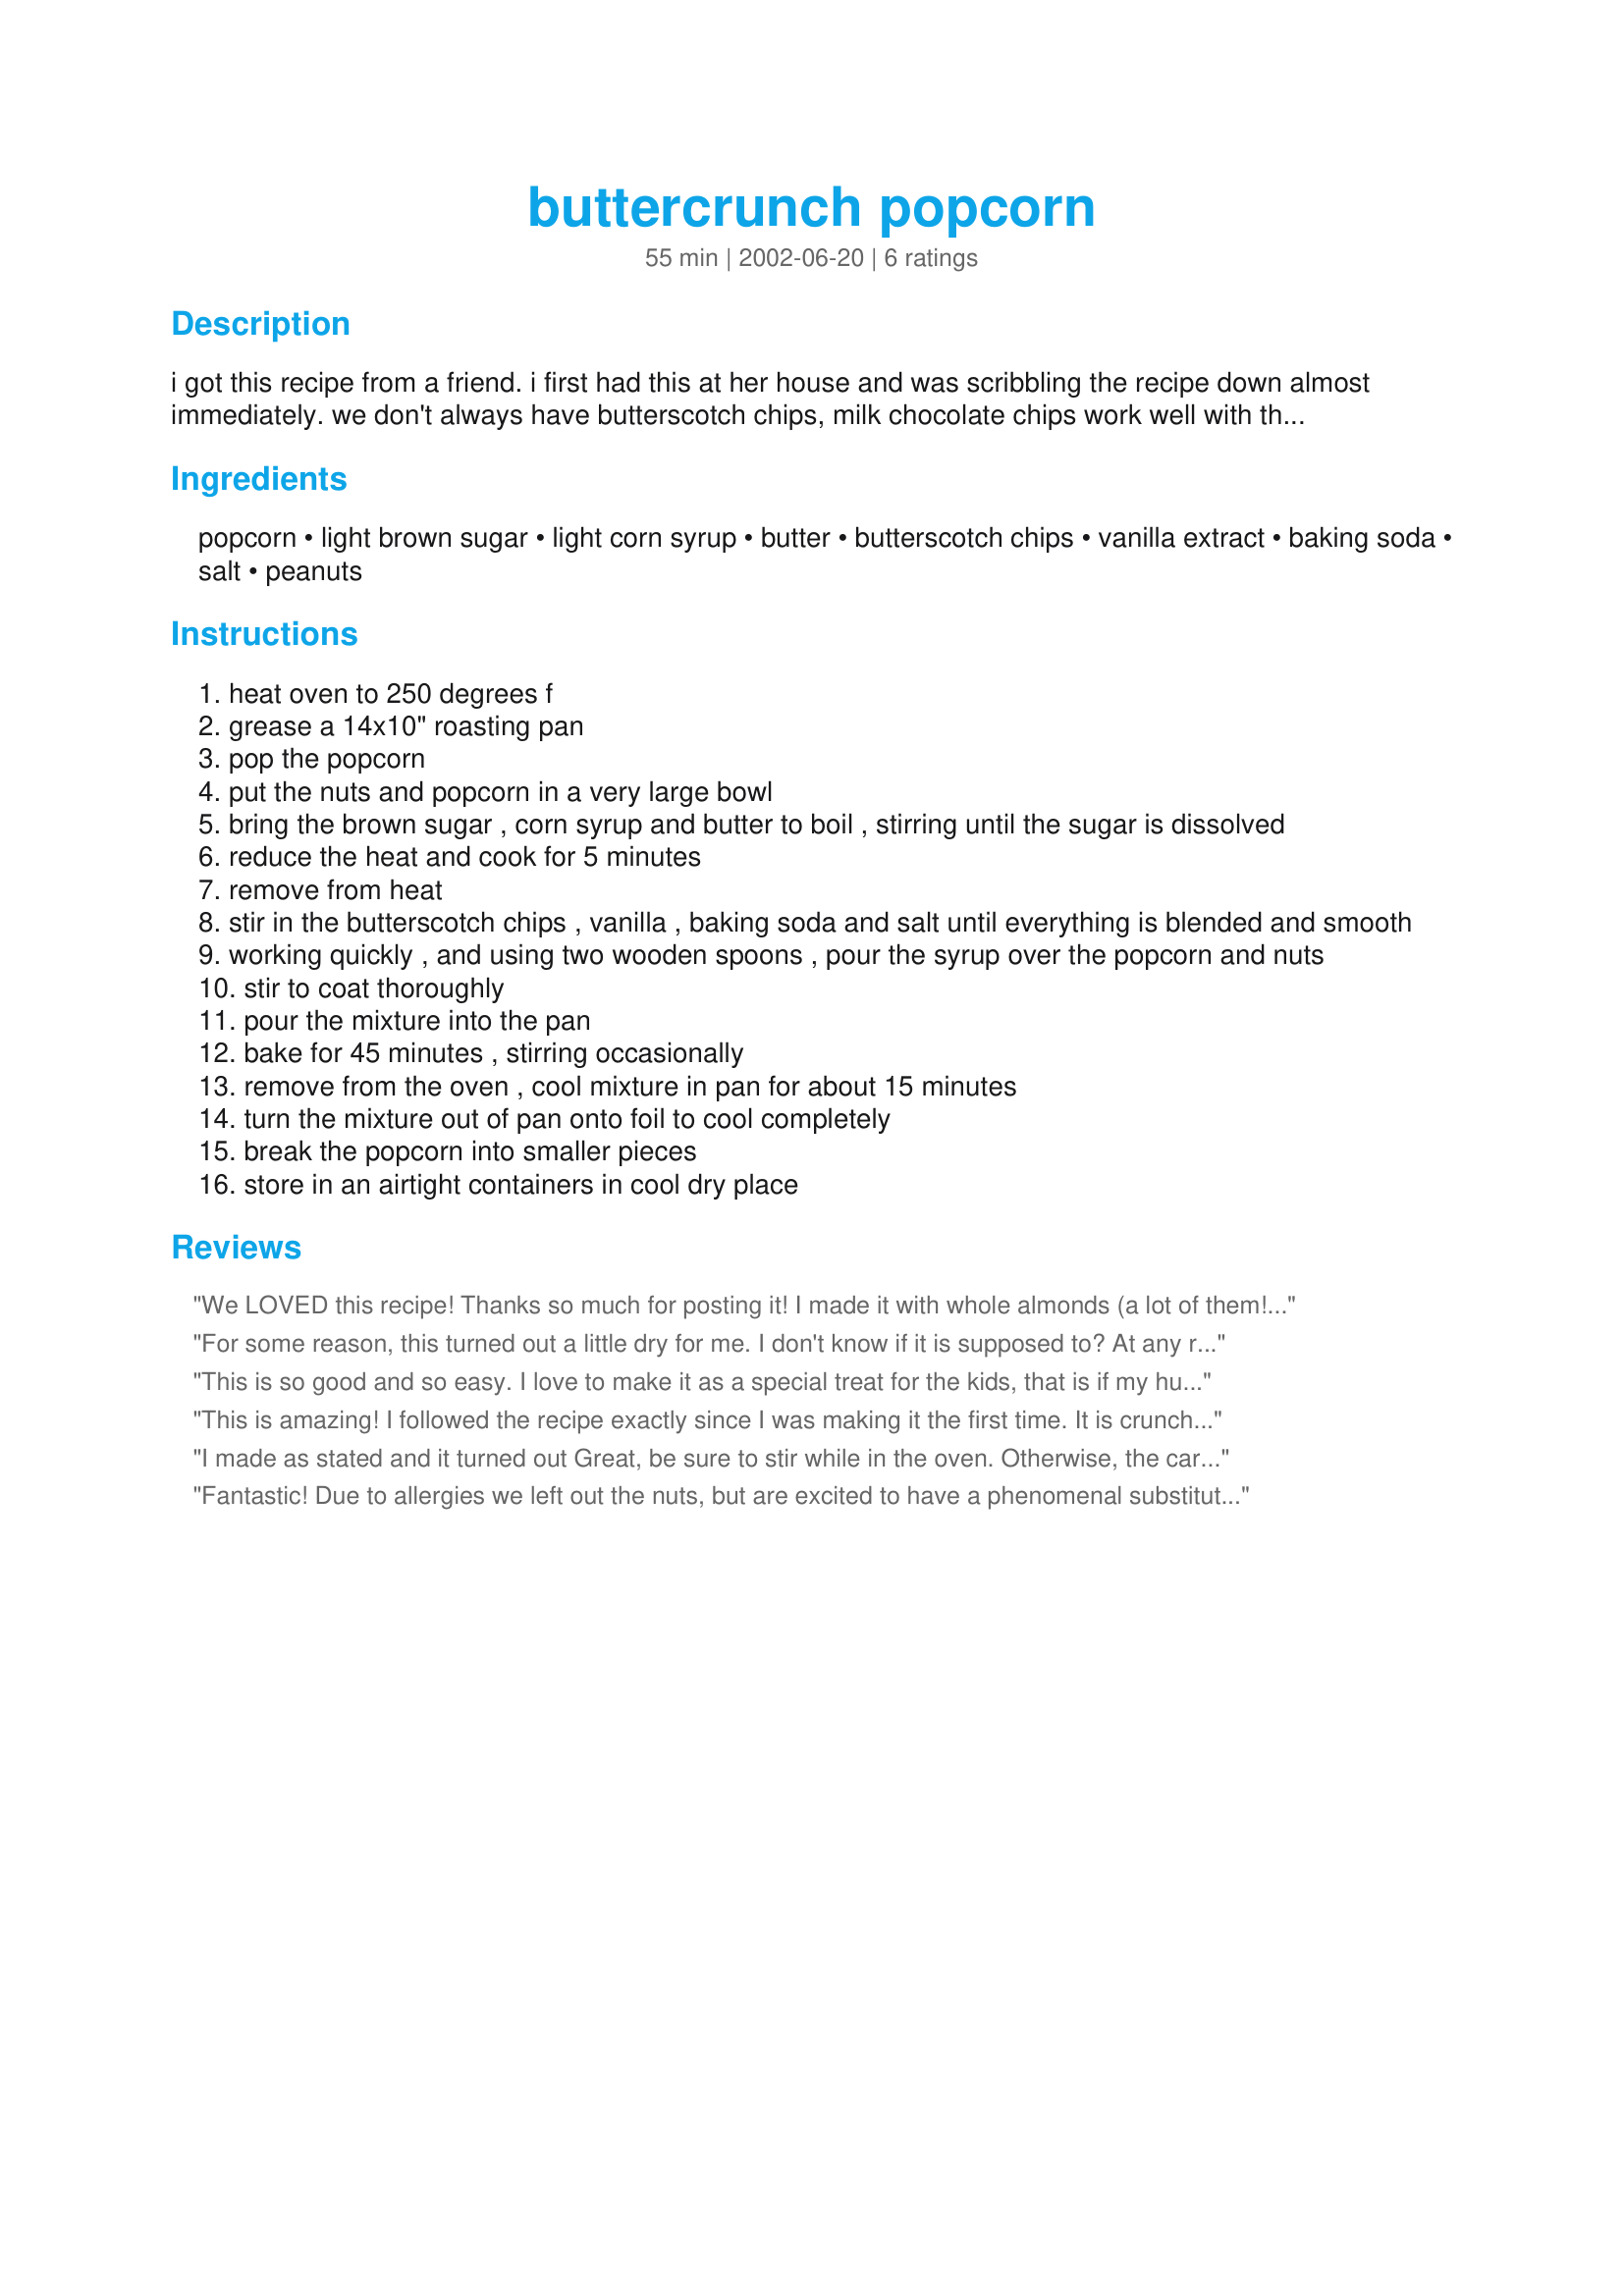
buttercrunch popcorn
Preparation time: 55 minutes

i got this recipe from a friend. i first had this at her house and was scribbling the recipe down almost immediately. we don't always have butterscotch chips, milk chocolate chips work well with the recipe too.

Ingredients:
popcorn, light brown sugar, light corn syrup, butter, butterscotch chips, vanilla extract, baking soda, salt, peanuts

Steps:
heat oven to 250 degrees f
grease a 14x10" roasting pan
pop the popcorn
put the nuts and popcorn in a very large bowl
bring the brown sugar , corn syrup and butter to boil , stirring until the sugar is dissolved
reduce the heat and cook for 5 minutes
remove from heat
stir in the butterscotch chips , vanilla , baking soda and salt until everything is blended and smooth
working quickly , and using two wooden spoons , pour the syrup over the popcorn and nuts
stir to coat thoroughly
pour the mixture into the pan
bake for 45 minutes , stirring occasionally
remove from the oven , cool mixture in pan for about 15 minutes
turn the mixture out of pan onto foil to cool completely
break the popcorn into smaller pieces
store in an airtight containers in cool dry place

Reviews:
We LOVED this recipe! Thanks so much for posting it! I made it with whole almonds (a lot of them!) that I toasted in the toaster first. It was nice and crunchy, and not sticky at all. The flavor was better than any candy popcorn that I have ever had! I wish I could give it more stars!
For some reason, this turned out a little dry for me. I don't know if it is supposed to? At any rate, everyone else really liked it and it was gone right away.
This is so good and so easy. I love to make it as a special treat for the kids, that is if my husband and I can stay out of it long enough.
This is amazing! I followed the recipe exactly since I was making it the first time. It is crunchy, sweet and buttery. I left the nuts out - I prefer my sweet corn without nuts. I used a big foil roaster that I picked up from the local grocery. Cleanup was very easy. Thanks so much Mirj for posting such an easy and tasty recipe. This is definitely a keeper!
I made as stated and it turned out Great, be sure to stir while in the oven. Otherwise, the caramel settles to the bottom and you get a slightly burned taste. This had just the right blend of caramel/butterscotch, definitely worth it!
Fantastic! Due to allergies we left out the nuts, but are excited to have a phenomenal substitute for cracker jack. Better tasting, too! Thanks so much for posting!
